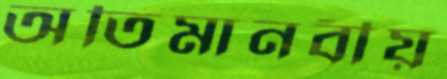
অতিমানবীয়